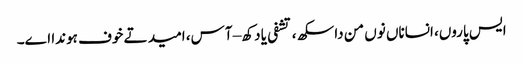
ایس پاروں، انساناں نوں من دا سکھ، تشفی یا دکھ – آس، امید تے خوف ہوندا اے۔